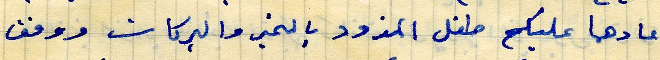
اعادها عليكم طفل المزود بالخير والبركات ووفق